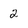
Character: 2